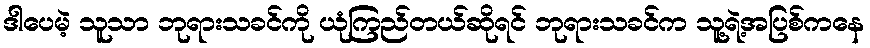
ဒါပေမဲ့ သူသာ ဘုရားသခင်ကို ယုံကြည်တယ်ဆိုရင် ဘုရားသခင်က သူ့ရဲ့အပြစ်ကနေ